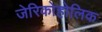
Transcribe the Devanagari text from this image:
जेरिकोहोलिक